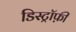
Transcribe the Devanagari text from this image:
डिस्ट्रॉफ़ी